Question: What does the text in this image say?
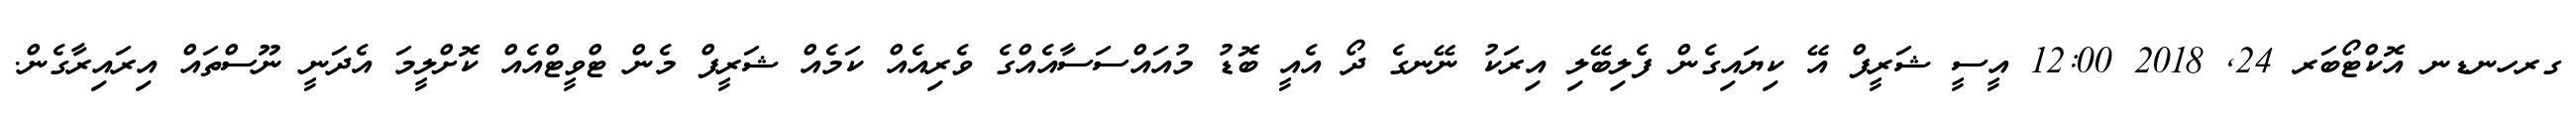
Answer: ގރހނޑނ އޮކްޓޯބަރ 24, 2018 12:00 އީސީ ޝަރީފް އޭ ކިޔައިގެން ފެލިބޭލި އިރަކު ނޭނގެ ދޯ އެއީ ބޮޑު މުއައްސަސާއެއްގެ ވެރިއެއް ކަމެއް ޝަރީފް މެން ޓްވީޓްއެއް ކޮށްލީމަ އެދަނީ ނޫސްތައް އިރައިރާގެން.